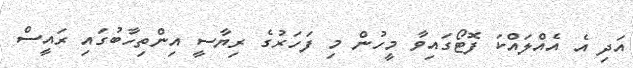
އަދި އެ އެއްލައްކަ ފޮޓޯގައިވާ މީހުން މި ފަހަރުގެ ރިޔާސީ އިންތިހާބުގައި ރައީސް